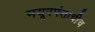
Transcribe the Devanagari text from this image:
मयूरपंताचीच